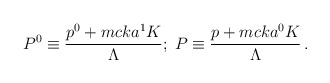
\begin{align*}P^{0}\equiv\frac{p^{0}+mcka^{1}K}{\Lambda};\;P\equiv\frac{p+mcka^{0}K}{\Lambda}\,.\end{align*}